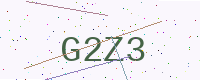
Text: G2Z3